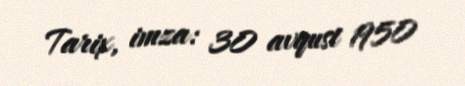
Tarix, imza: 30 avqust 1950